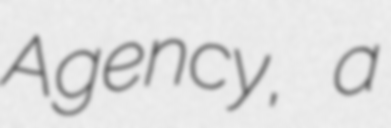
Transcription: Agency, a